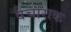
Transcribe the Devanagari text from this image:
वैचाराक